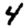
Digit: 4